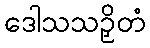
ဒေါသသဉှိတံ